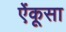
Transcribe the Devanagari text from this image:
ऐंकूसा